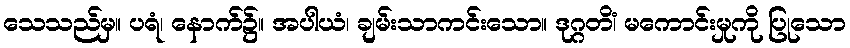
သေသည်မှ။ ပရံ၊ နောက်၌။ အပါယံ၊ ချမ်းသာကင်းသော။ ဒုဂ္ဂတိံ၊ မကောင်းမှုကို ပြုသော